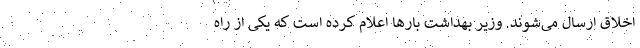
اخلاق ارسال می‌شوند. وزیر بهداشت بارها اعلام کرده است که یکی از راه